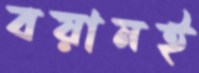
বয়ানই